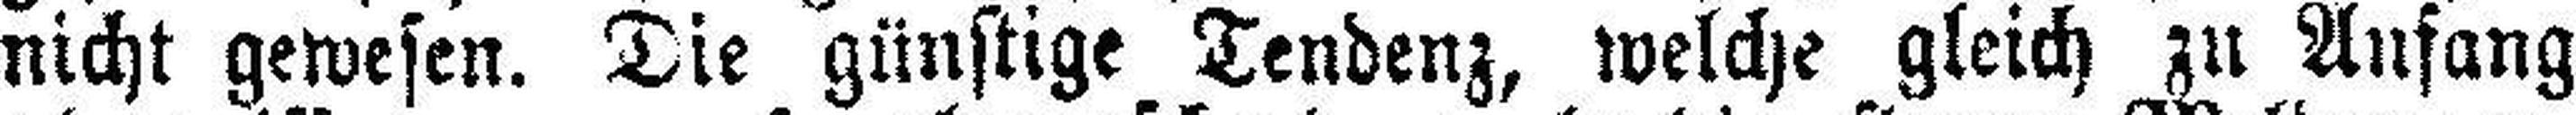
nicht gewesen. Die günstige Tendenz, welche gleich zu Anfang